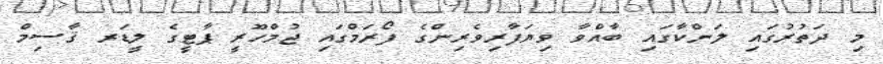
މި ދަތުރުގައި ލަންކާގައި ބާއްވާ ވިޔަފާރިވެރިންގެ ފޯރަމްގައި ޖުމްހޫރީ ޕާޓީގެ ލީޑަރ ޤާސިމް